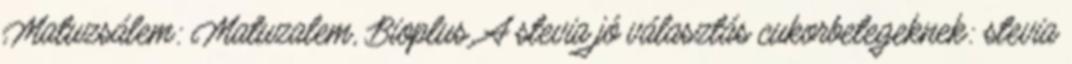
Matuzsálem: Matuzalem, Bioplus. A stevia jó választás cukorbetegeknek: stevia